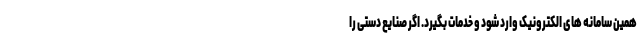
همین سامانه های الکترونیک وارد شود و خدمات بگیرد. اگر صنایع دستی را